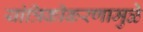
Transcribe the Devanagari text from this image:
यांत्रिकीकरणामुळे